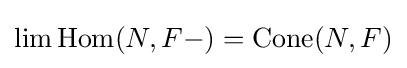
\lim \operatorname {Hom} (N,F-)=\operatorname {Cone} (N,F)